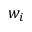
w _ { i }